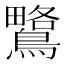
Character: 𪅅